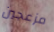
مزعجين